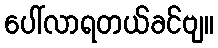
ပေါ်လာရတယ်ခင်ဗျ။